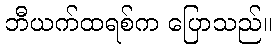
ဘီယက်ထရစ်က ပြောသည်။